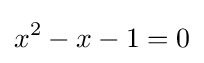
x^{2}-x-1=0